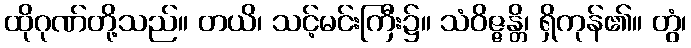
ထိုဂုဏ်တို့သည်။ တယိ၊ သင့်မင်းကြီး၌။ သံဝိဇ္ဇန္တိ၊ ရှိကုန်၏။ တွံ၊